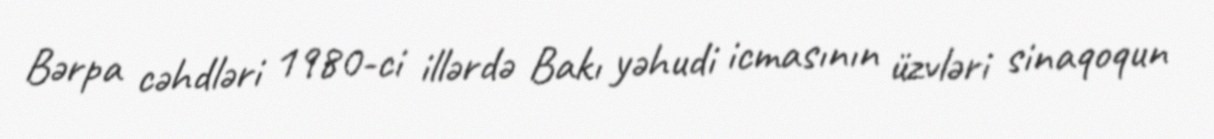
Bərpa cəhdləri 1980-ci illərdə Bakı yəhudi icmasının üzvləri sinaqoqun